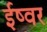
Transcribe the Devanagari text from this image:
ईष्वर